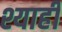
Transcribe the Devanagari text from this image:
श्याही